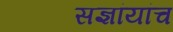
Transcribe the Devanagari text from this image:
सज्ञांयांच